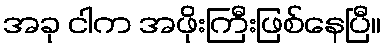
အခု ငါက အဖိုးကြီးဖြစ်နေပြီ။